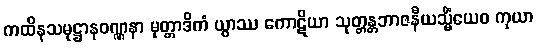
ကထိနသမုဋ္ဌာနဝဏ္ဏနာ မုတ္တာဒိကံ ယွာဿ ကောဋိယာ သုတ္တန္တဘာဇနီယသ္မိံယေဝ ကုယာ